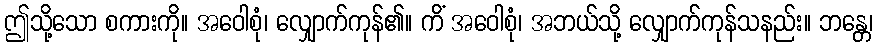
ဤသို့သော စကားကို။ အဝေါစုံ၊ လျှောက်ကုန်၏။ ကိံ အဝေါစုံ၊ အဘယ်သို့ လျှောက်ကုန်သနည်း။ ဘန္တေ၊